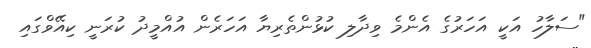
"ސަލާހު އަކީ އަހަރުގެ އެންމެ ވިދާލި ކުޅުންތެރިޔާ އަހަރެން އުއްމީދު ކުރަނީ ކިއޭވްގައި